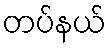
တပ်နယ်